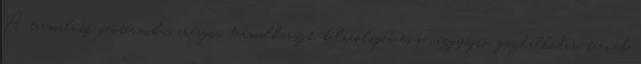
A termálvíz geotermikus energia, termálkarszt-balneológia és a vízgyűjtő-gazdálkodási tervek